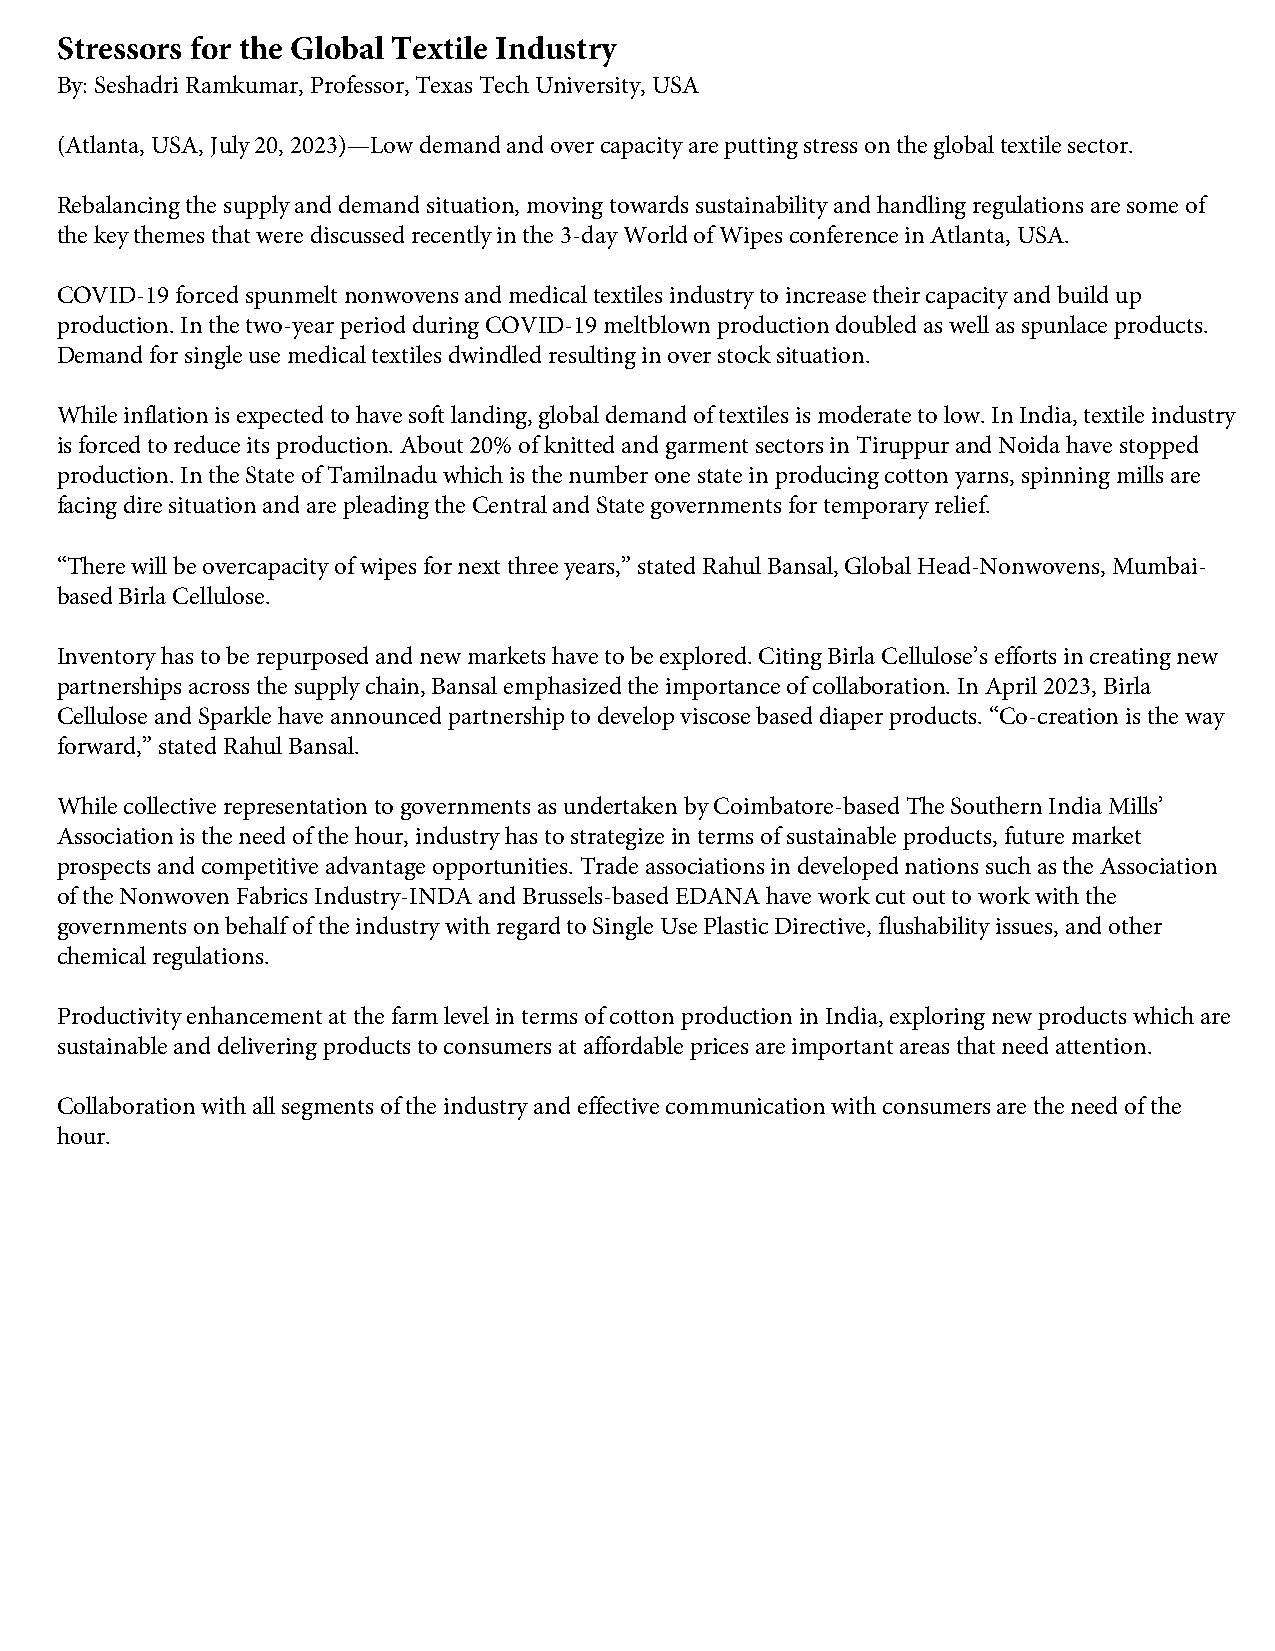
Stressors for the Global Textile Industry
 By: Seshadri Ramkumar, Professor, Texas Tech University, USA
 (Atlanta, USA, July 20, 2023)—Low demand and over capacity are putting stress on the global textile sector.
 Rebalancing the supply and demand situation, moving towards sustainability and handling regulations are some of
 the key themes that were discussed recently in the 3-day World of Wipes conference in Atlanta, USA.
 COVID-19 forced spunmelt nonwovens and medical textiles industry to increase their capacity and build up
 production. In the two-year period during COVID-19 meltblown production doubled as well as spunlace products.
 Demand for single use medical textiles dwindled resulting in over stock situation.
 While inflation is expected to have soft landing, global demand of textiles is moderate to low. In India, textile industry
 is forced to reduce its production. About 20% of knitted and garment sectors in Tiruppur and Noida have stopped
 production. In the State of Tamilnadu which is the number one state in producing cotton yarns, spinning mills are
 facing dire situation and are pleading the Central and State governments for temporary relief.
 “There will be overcapacity of wipes for next three years,” stated Rahul Bansal, Global Head-Nonwovens, Mumbai-
 based Birla Cellulose.
 Inventory has to be repurposed and new markets have to be explored. Citing Birla Cellulose’s efforts in creating new
 partnerships across the supply chain, Bansal emphasized the importance of collaboration. In April 2023, Birla
 Cellulose and Sparkle have announced partnership to develop viscose based diaper products. “Co-creation is the way
 forward,” stated Rahul Bansal.
 While collective representation to governments as undertaken by Coimbatore-based The Southern India Mills’
 Association is the need of the hour, industry has to strategize in terms of sustainable products, future market
 prospects and competitive advantage opportunities. Trade associations in developed nations such as the Association
 of the Nonwoven Fabrics Industry-INDA and Brussels-based EDANA have work cut out to work with the
 governments on behalf of the industry with regard to Single Use Plastic Directive, flushability issues, and other
 chemical regulations.
 Productivity enhancement at the farm level in terms of cotton production in India, exploring new products which are
 sustainable and delivering products to consumers at affordable prices are important areas that need attention.
 Collaboration with all segments of the industry and effective communication with consumers are the need of the
 hour.